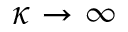
\kappa \to \infty